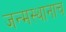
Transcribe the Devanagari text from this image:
जन्मस्थानाच